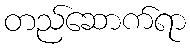
တည်ဆောက်ရာ